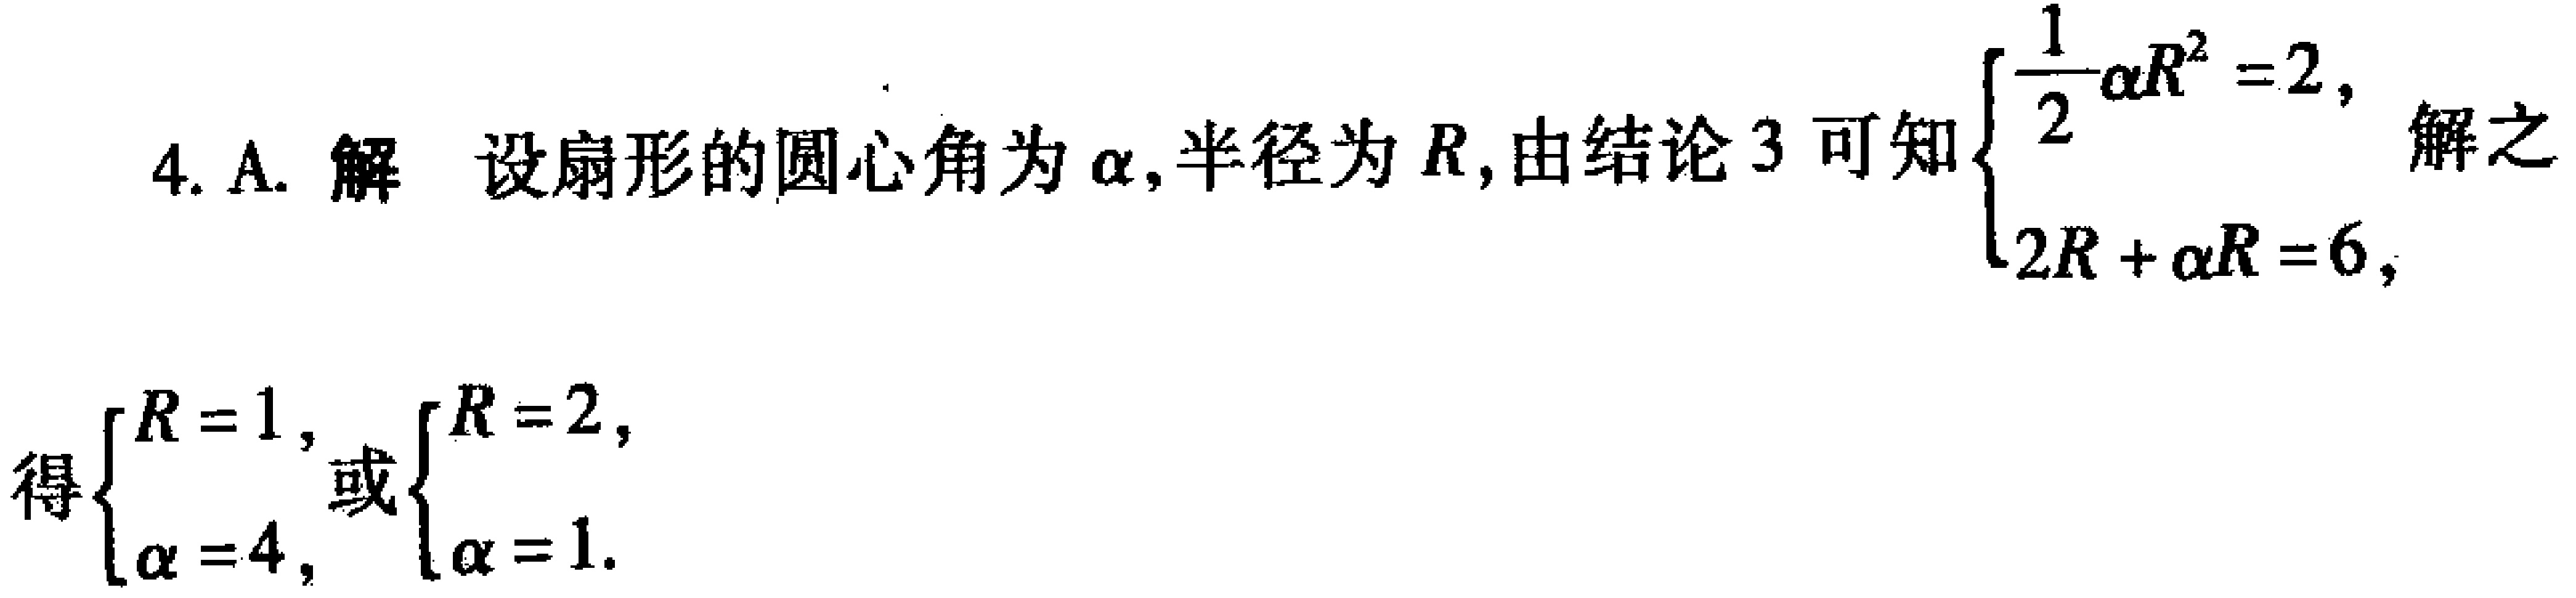
4. A. 解 设扇形的圆心角为\(\alpha\),半径为\(R\),由结论3可知\(\begin{cases}\dfrac{1}{2}\alpha R^{2} = 2,\\2R+\alpha R = 6,\end{cases}\)解之得\(\begin{cases}R = 1,\\\alpha = 4,\end{cases}\)或\(\begin{cases}R = 2,\\\alpha = 1.\end{cases}\)